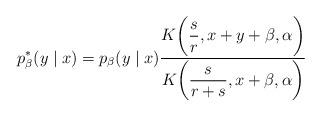
LaTeX: \begin{align*}p_\beta^* (y \mid x)= p_\beta (y \mid x)\dfrac{K \biggl( \dfrac{s}{r}, x+y+\beta, \alpha \biggr)}{K \biggl( \dfrac{s}{r+s}, x+\beta, \alpha \biggr)}\end{align*}